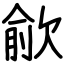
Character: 歈